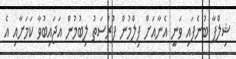
ޝިލްޕާ ބުނެފައި ވަނީ އެނާއަށް ފިލްމުން ފުރުސަތު ލިބުމުން އަޖައިބުވާ ކަމަށާއި އެ